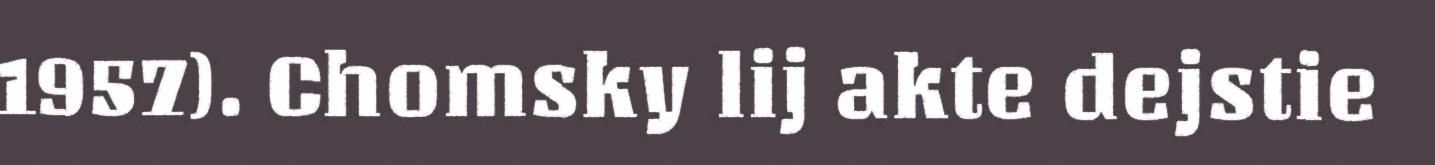
1957). Chomsky lij akte dejstie